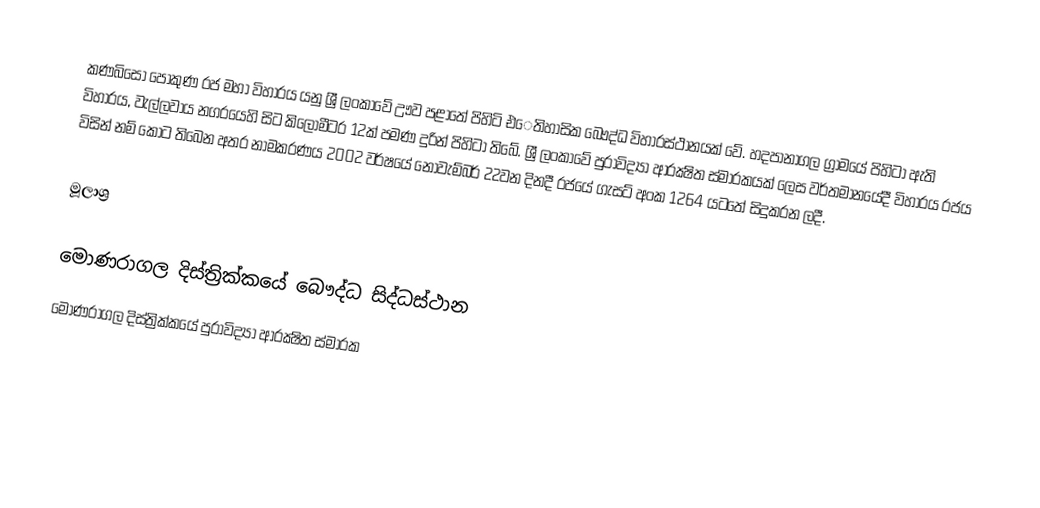
කණබිසෝ පොකුණ රජ මහා විහාරය යනු ශ්‍රී ලංකාවේ ඌව පළාතේ පිහිටි එෙතිහාසික බෞද්ධ විහාරස්ථානයක් වේ. හදපානාගල ග්‍රාමයේ පිහිටා ඇති විහාරය, වැල්ලවාය නගරයෙහි සිට කිලෝමීටර 12ක් පමණ දුරින් පිහිටා තිබේ. ශ්‍රී ලංකාවේ පුරාවිද්‍යා ආරක්‍ෂිත ස්මාරකයක් ලෙස වර්තමානයේදී විහාරය රජය විසින් නම් කොට තිබෙන අතර නාමකරණය 2002 වර්ෂයේ නොවැම්බර් 22වන දිනදී රජයේ ගැසට් අංක 1264 යටතේ සිදුකරන ලදී.

මූලාශ්‍ර

මොණරාගල දිස්ත්‍රික්කයේ බෞද්ධ සිද්ධස්ථාන
මොණරාගල දිස්ත්‍රික්කයේ පුරාවිද්‍යා ආරක්‍ෂිත ස්මාරක